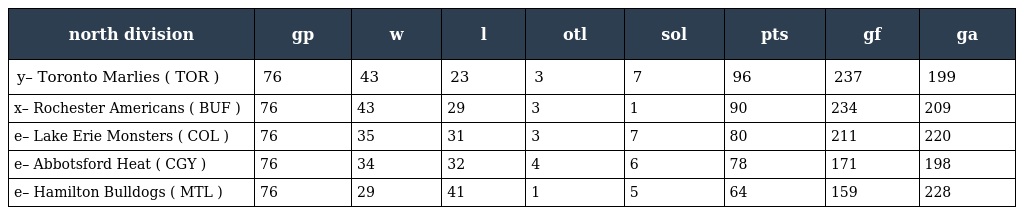
| north division | gp | w | l | otl | sol | pts | gf | ga |
 | --- | --- | --- | --- | --- | --- | --- | --- | --- |
 | y– Toronto Marlies ( TOR ) | 76 | 43 | 23 | 3 | 7 | 96 | 237 | 199 |
 | x– Rochester Americans ( BUF ) | 76 | 43 | 29 | 3 | 1 | 90 | 234 | 209 |
 | e– Lake Erie Monsters ( COL ) | 76 | 35 | 31 | 3 | 7 | 80 | 211 | 220 |
 | e– Abbotsford Heat ( CGY ) | 76 | 34 | 32 | 4 | 6 | 78 | 171 | 198 |
 | e– Hamilton Bulldogs ( MTL ) | 76 | 29 | 41 | 1 | 5 | 64 | 159 | 228 |